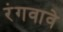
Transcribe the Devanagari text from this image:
रंगवावे